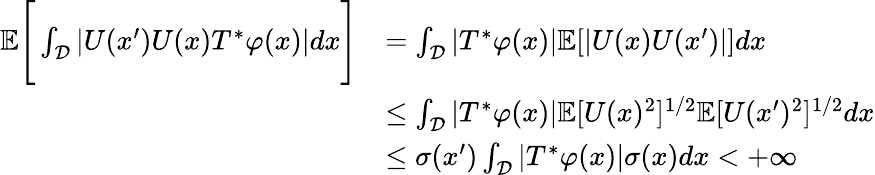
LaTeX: \begin{array}{rl}{\mathbb{E}\Bigg[\int_{\mathcal{D}}|U(x^{\prime})U(x)T^{*}\varphi(x)|dx\Bigg]}&{=\int_{\mathcal{D}}|T^{*}\varphi(x)|\mathbb{E}[|U(x)U(x^{\prime})|]dx}\\ &{\leq\int_{\mathcal{D}}|T^{*}\varphi(x)|\mathbb{E}[U(x)^{2}]^{1/2}\mathbb{E}[U(x^{\prime})^{2}]^{1/2}dx}\\ &{\leq\sigma(x^{\prime})\int_{\mathcal{D}}|T^{*}\varphi(x)|\sigma(x)dx<+\infty}\end{array}